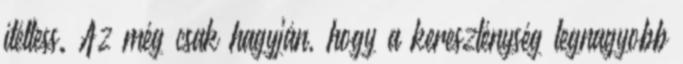
ítéltess. Az még csak hagyján, hogy a kereszténység legnagyobb